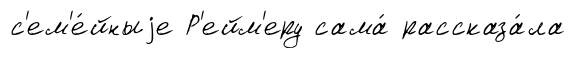
с'ем'е́йныjе Р'ейм'еру сама́ рассказа́ла